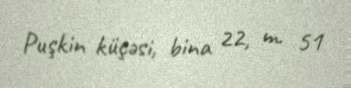
Puşkin küçəsi, bina 22, m. 51